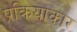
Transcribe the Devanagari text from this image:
प्रक्रियाकार